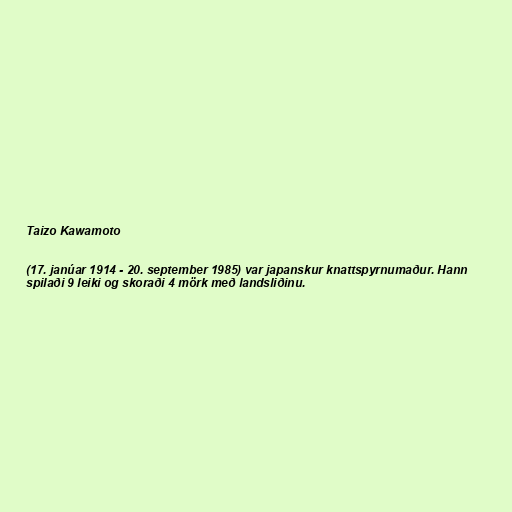
Taizo Kawamoto

(17. janúar 1914 - 20. september 1985) var japanskur knattspyrnumaður. Hann
spilaði 9 leiki og skoraði 4 mörk með landsliðinu.